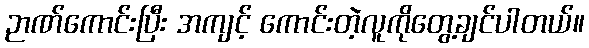
ဉာဏ်ကောင်းပြီး အကျင့် ကောင်းတဲ့လူကိုတွေ့ချင်ပါတယ်။